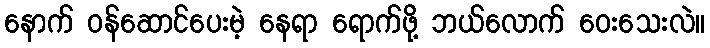
နောက် ဝန်ဆောင်ပေးမဲ့ နေရာ ရောက်ဖို့ ဘယ်လောက် ဝေးသေးလဲ။